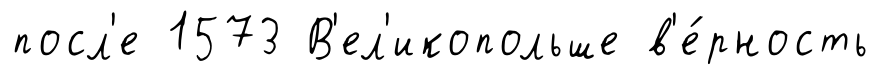
посл'е 1573 В'ел'икопольше в'е́рность